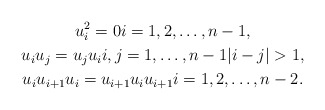
\begin{gather*} u_i^2=0 i=1,2,\dotsc,n-1, \\ u_i u_j=u_j u_i i,j=1,\dots,n-1 |i-j|>1, \\ u_i u_{i+1} u_i=u_{i+1} u_i u_{i+1} i=1,2,\dotsc,n-2. \end{gather*}